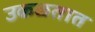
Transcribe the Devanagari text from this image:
उकळतात